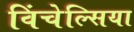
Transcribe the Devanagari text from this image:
विंचेल्सिया